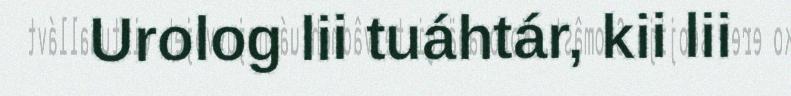
Urolog lii tuáhtár, kii lii